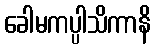
ခေါမကပ္ပါသိကာနိ